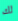
لك